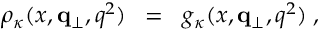
\rho _ { \kappa } ( x , { \bf q } _ { \perp } , q ^ { 2 } ) \; \; = \; \; g _ { \kappa } ( x , { \bf q } _ { \perp } , q ^ { 2 } ) \; ,